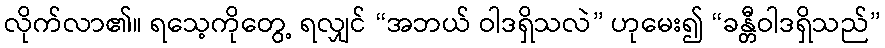
လိုက်လာ၏။ ရသေ့ကိုတွေ့ ရလျှင် “အဘယ် ဝါဒရှိသလဲ” ဟုမေး၍ “ခန္တီဝါဒရှိသည်”